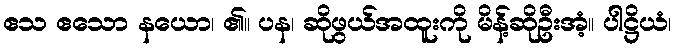
ဧသ ဧသော နယော၊ ၏။ ပန၊ ဆိုဖွယ်အထူးကို မိန့်ဆိုဦးအံ့။ ပါဋ္ဌိယံ၊